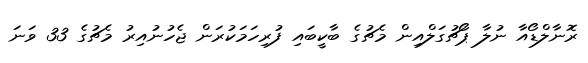
ރޮނާލްޑޯއާ ނުލާ ޕޯޗުގަލްއިން މެޗުގެ ބާކީބައި ފުރިހަމަކުރަން ޖެހުނުއިރު މެޗުގެ 33 ވަނަ